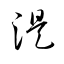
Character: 湜